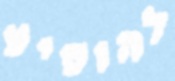
להופיע